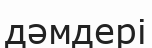
дәмдері